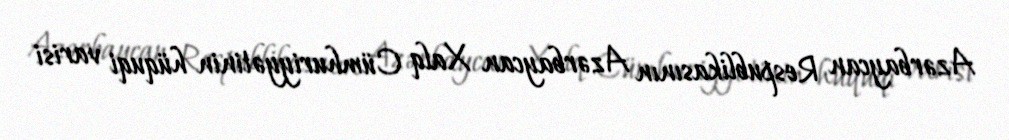
Azərbaycan Respublikasının Azərbaycan Xalq Cümhuriyyətinin hüquqi varisi